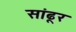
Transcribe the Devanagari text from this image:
सांढूर